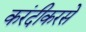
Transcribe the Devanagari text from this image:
करंदीकरसे